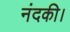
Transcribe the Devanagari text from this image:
नंदकी।